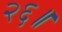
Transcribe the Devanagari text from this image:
२६॥